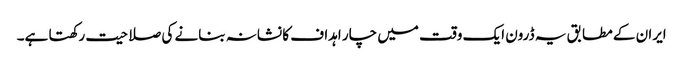
ایران کے مطابق یہ ڈرون ایک وقت میں چار اہداف کا نشانہ بنانے کی صلاحیت رکھتا ہے۔